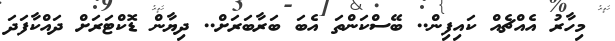
މިހާރު އެއްޗެއް ކައިފިން.. ބޭސްކަންތަ އެބަ ބަރާބަރަށް.. ދިޔާން ޑޮކްޓަރަށް ދައްކާފަދަ